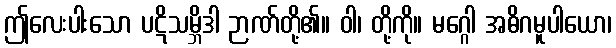
ဤလေးပါးသော ပဋိသမ္ဘိဒါ ဉာဏ်တို့၏။ ဝါ၊ တို့ကို။ မဂ္ဂေါ အဓိဂမူပါယော၊